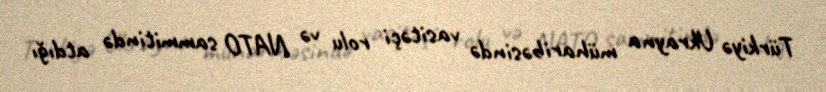
Türkiyə Ukrayna müharibəsində vasitəçi rolu və NATO sammitində atdığı